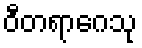
ဝီတရာဂေသု